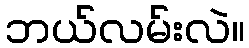
ဘယ်လမ်းလဲ။